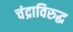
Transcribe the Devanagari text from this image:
चंद्राविरुद्ध